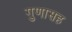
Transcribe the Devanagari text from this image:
गुणासह